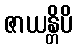
ဇာယန္တိပိ